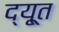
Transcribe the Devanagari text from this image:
द्यू्त